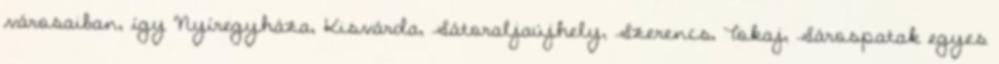
városaiban, így Nyíregyháza, Kisvárda, Sátoraljaújhely, Szerencs, Tokaj, Sárospatak egyes